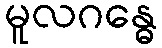
မူလဂန္ဓေ